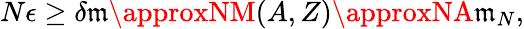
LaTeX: N\epsilon\geq\delta\mathfrak{m}\approxNM(A,Z)\approxNA\mathfrak{m}_{N},